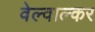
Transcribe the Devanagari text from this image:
वेल्वाल्कर